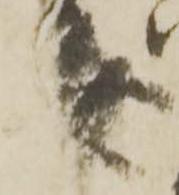
美